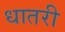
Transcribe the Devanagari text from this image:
धातरी